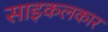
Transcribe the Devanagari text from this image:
साइकलकार